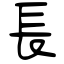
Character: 長